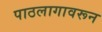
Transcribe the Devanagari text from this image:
पाठलागावरून